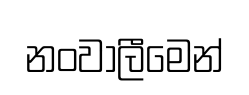
නංවාලීමෙන්